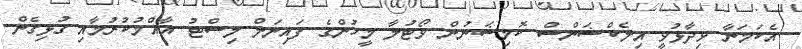
އެކަމަނާ ވިދާޅުވީ އިލެކްޝަންސް ކޮމިޝަނުން ވޯޓުލާ މީހުންގެ ފައިނަލް ލިސްޓު އާއްމުކުރުމާއި ގުޅިގެން